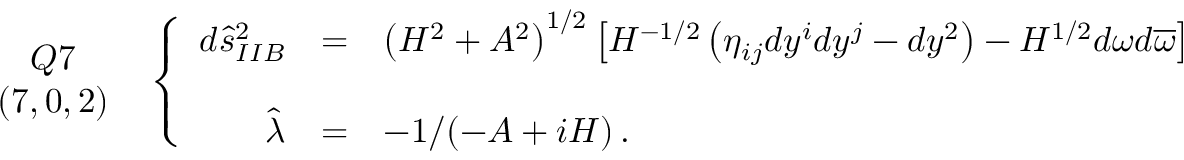
\begin{array} { c } { { Q 7 } } \\ { { ( 7 , 0 , 2 ) } } \end{array} \, \, \, \left\{ \begin{array} { r c l } { { d \hat { s } _ { I I B } ^ { 2 } } } & { { = } } & { { \left( H ^ { 2 } + A ^ { 2 } \right) ^ { 1 / 2 } \left[ H ^ { - 1 / 2 } \left( \eta _ { i j } d y ^ { i } d y ^ { j } - d y ^ { 2 } \right) - H ^ { 1 / 2 } d \omega d \overline { { { \omega } } } \right] \, , } } \\ { { } } & { { } } & { { } } \\ { { \hat { \lambda } } } & { { = } } & { { - 1 / ( - A + i H ) \, . } } \end{array} \right.